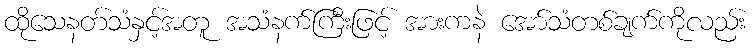
ထိုသေနတ်သံနှင့်အတူ အသံနက်ကြီးဖြင့် အားကနဲ အော်သံတစ်ချက်ကိုလည်း